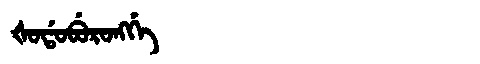
Manchu: ᡧᠣᡩᠣᠪᡠᡵᠣᠩᡤᡝ
Romanization: ŠODOBURONGGE